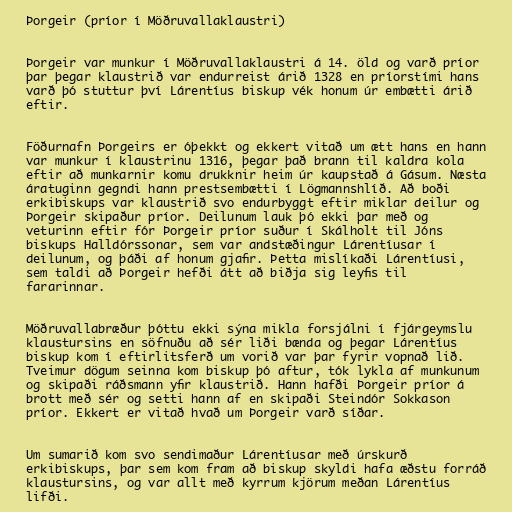
Þorgeir (príor í Möðruvallaklaustri)

Þorgeir var munkur í Möðruvallaklaustri á 14. öld og varð príor
þar þegar klaustrið var endurreist árið 1328 en príorstími hans
varð þó stuttur því Lárentíus biskup vék honum úr embætti árið
eftir.

Föðurnafn Þorgeirs er óþekkt og ekkert vitað um ætt hans en hann
var munkur í klaustrinu 1316, þegar það brann til kaldra kola
eftir að munkarnir komu drukknir heim úr kaupstað á Gásum. Næsta
áratuginn gegndi hann prestsembætti í Lögmannshlíð. Að boði
erkibiskups var klaustrið svo endurbyggt eftir miklar deilur og
Þorgeir skipaður príor. Deilunum lauk þó ekki þar með og
veturinn eftir fór Þorgeir príor suður í Skálholt til Jóns
biskups Halldórssonar, sem var andstæðingur Lárentíusar í
deilunum, og þáði af honum gjafir. Þetta mislíkaði Lárentíusi,
sem taldi að Þorgeir hefði átt að biðja sig leyfis til
fararinnar.

Möðruvallabræður þóttu ekki sýna mikla forsjálni í fjárgeymslu
klaustursins en söfnuðu að sér liði bænda og þegar Lárentíus
biskup kom í eftirlitsferð um vorið var þar fyrir vopnað lið.
Tveimur dögum seinna kom biskup þó aftur, tók lykla af munkunum
og skipaði ráðsmann yfir klaustrið. Hann hafði Þorgeir príor á
brott með sér og setti hann af en skipaði Steindór Sokkason
príor. Ekkert er vitað hvað um Þorgeir varð síðar.

Um sumarið kom svo sendimaður Lárentíusar með úrskurð
erkibiskups, þar sem kom fram að biskup skyldi hafa æðstu forráð
klaustursins, og var allt með kyrrum kjörum meðan Lárentíus
lifði.